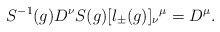
\begin{align*}S^{-1}(g)D^{\nu}S(g)[l_{\pm}(g)]_{\nu}{}^{\mu} = D^{\mu}.\end{align*}